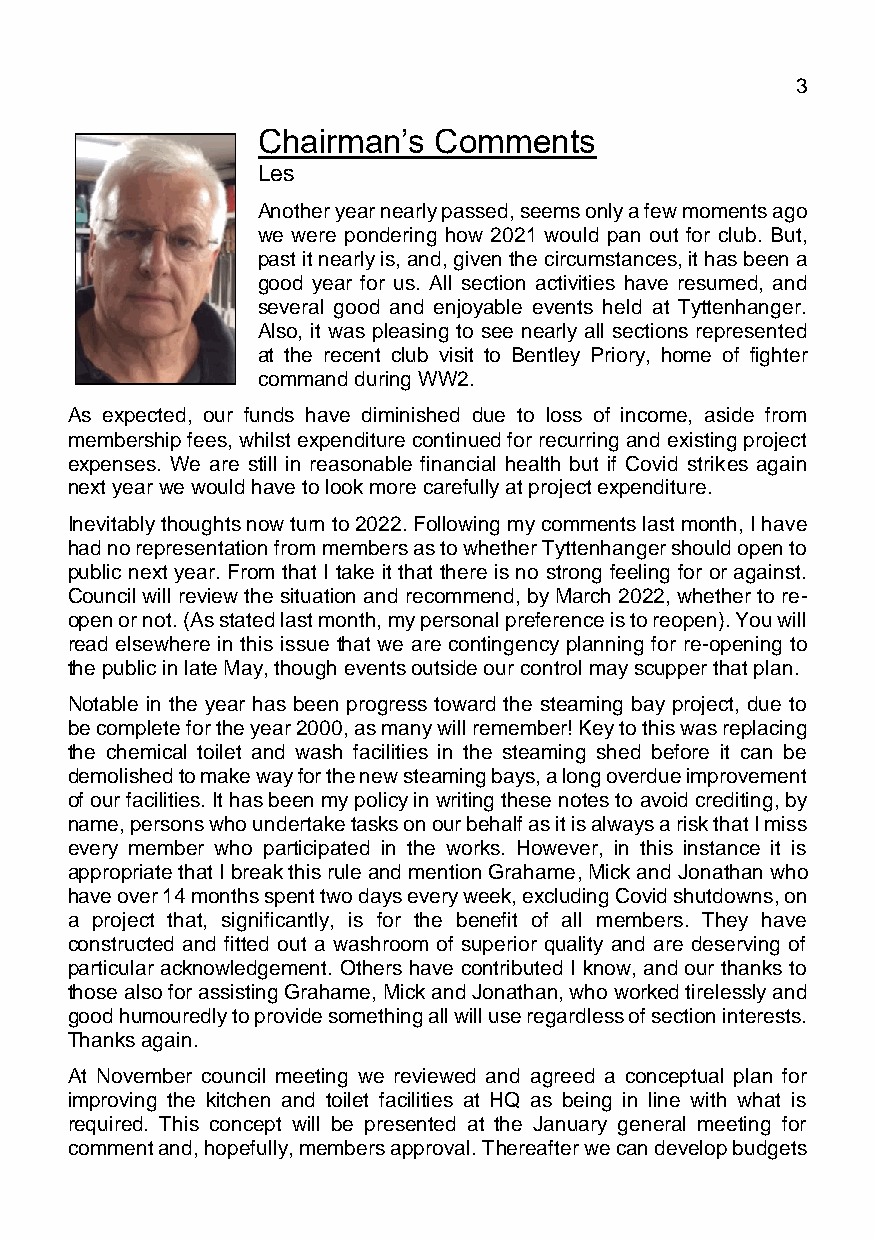
March 2021                                  Page 3
 Chairman’s  Comments
 Les Brimson
 Another year nearly passed, seems only a few moments ago
 we were pondering how 2021 would pan out for club. But,
 past it nearly is, and, given the circumstances, it has been a
 good year for us. All section activities have resumed, and
 several good and enjoyable events held at Tyttenhanger.
 Also, it was pleasing to see nearly all sections represented
 at the recent club visit to Bentley Priory, home of fighter
 command during WW2.
 As expected, our funds have diminished due to loss of income, aside from
 membership fees, whilst expenditure continued for recurring and existing project
 expenses. We are still in reasonable financial health but if Covid strikes again
 next year we would have to look more carefully at project expenditure.
 Inevitably thoughts now turn to 2022. Following my comments last month, I have
 had no representation from members as to whether Tyttenhanger should open to
 public next year. From that I take it that there is no strong feeling for or against.
 Council will review the situation and recommend, by March 2022, whether to re-
 open or not. (As stated last month, my personal preference is to reopen). You will
 read elsewhere in this issue that we are contingency planning for re-opening to
 the public in late May, though events outside our control may scupper that plan.
 Notable in the year has been progress toward the steaming bay project, due to
 be complete for the year 2000, as many will remember! Key to this was replacing
 the chemical toilet and wash facilities in the steaming shed before it can be
 demolished to make way for the new steaming bays, a long overdue improvement
 of our facilities. It has been my policy in writing these notes to avoid crediting, by
 name, persons who undertake tasks on our behalf as it is always a risk that I miss
 every member who participated in the works. However, in this instance it is
 appropriate that I break this rule and mention Grahame, Mick and Jonathan who
 have over 14 months spent two days every week, excluding Covid shutdowns, on
 a project that, significantly, is for the benefit of all members. They have
 constructed and fitted out a washroom of superior quality and are deserving of
 particular acknowledgement. Others have contributed I know, and our thanks to
 those also for assisting Grahame, Mick and Jonathan, who worked tirelessly and
 good humouredly to provide something all will use regardless of section interests.
 Thanks again.
 At November council meeting we reviewed and agreed a conceptual plan for
 improving the kitchen and toilet facilities at HQ as being in line with what is
 required. This concept will be presented at the January general meeting for
 comment and, hopefully, members approval. Thereafter we can develop budgets